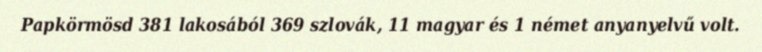
Papkörmösd 381 lakosából 369 szlovák, 11 magyar és 1 német anyanyelvű volt.